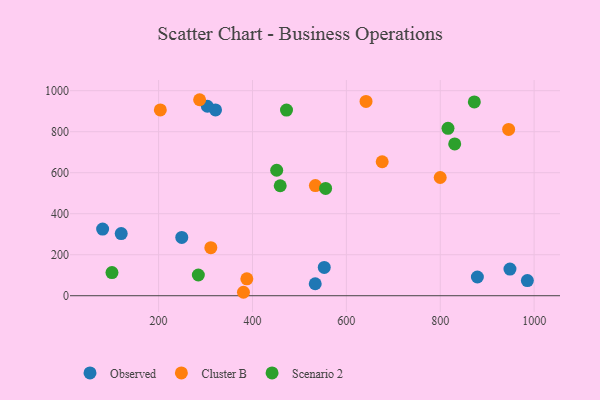
{"axis": {"x": "Speed", "y": "Rating"}, "legend": ["Cluster B", "Observed", "Scenario 2"], "data": [{"x": "879.1", "y": 91.2, "type": "Observed"}, {"x": "552.9", "y": 138.1, "type": "Observed"}, {"x": "985.6", "y": 73.9, "type": "Observed"}, {"x": "80.8", "y": 325.1, "type": "Observed"}, {"x": "948.5", "y": 130.2, "type": "Observed"}, {"x": "120.4", "y": 303.3, "type": "Observed"}, {"x": "321.3", "y": 906.3, "type": "Observed"}, {"x": "533.7", "y": 58.3, "type": "Observed"}, {"x": "249.4", "y": 284.4, "type": "Observed"}, {"x": "303.9", "y": 924.2, "type": "Observed"}, {"x": "641.9", "y": 947.8, "type": "Cluster B"}, {"x": "534.0", "y": 537.4, "type": "Cluster B"}, {"x": "311.3", "y": 234.3, "type": "Cluster B"}, {"x": "799.9", "y": 576.6, "type": "Cluster B"}, {"x": "287.4", "y": 956.0, "type": "Cluster B"}, {"x": "203.7", "y": 906.3, "type": "Cluster B"}, {"x": "380.8", "y": 16.8, "type": "Cluster B"}, {"x": "388.0", "y": 82.6, "type": "Cluster B"}, {"x": "676.3", "y": 653.5, "type": "Cluster B"}, {"x": "945.7", "y": 811.2, "type": "Cluster B"}, {"x": "555.8", "y": 523.5, "type": "Scenario 2"}, {"x": "816.5", "y": 816.4, "type": "Scenario 2"}, {"x": "284.7", "y": 101.0, "type": "Scenario 2"}, {"x": "830.8", "y": 740.5, "type": "Scenario 2"}, {"x": "451.6", "y": 612.0, "type": "Scenario 2"}, {"x": "872.6", "y": 945.2, "type": "Scenario 2"}, {"x": "459.1", "y": 536.5, "type": "Scenario 2"}, {"x": "472.5", "y": 905.6, "type": "Scenario 2"}, {"x": "100.7", "y": 112.9, "type": "Scenario 2"}]}